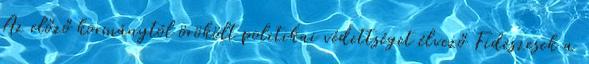
Az előző kormánytól örökölt politikai védettséget élvező Fideszesek a